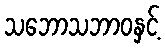
သဘောသဘာဝနှင့်